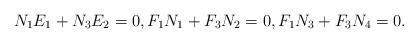
LaTeX: \begin{align*}N_{1}E_{1}+N_{3}E_{2}=0, F_{1}N_{1}+F_{3}N_{2}=0, F_{1}N_{3}+F_{3}N_{4}=0.\end{align*}